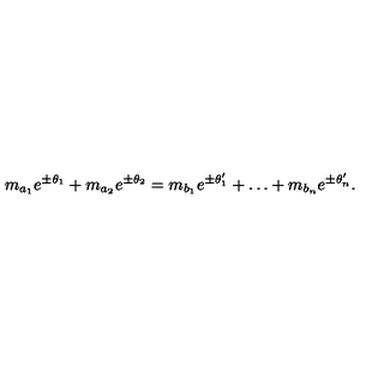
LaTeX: m _ { a _ { 1 } } e ^ { \pm \theta _ { 1 } } + m _ { a _ { 2 } } e ^ { \pm \theta _ { 2 } } = m _ { b _ { 1 } } e ^ { \pm \theta _ { 1 } ^ { \prime } } + \dots + m _ { b _ { n } } e ^ { \pm \theta _ { n } ^ { \prime } } .